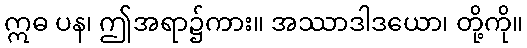
ဣဓ ပန၊ ဤအရာ၌ကား။ အဿာဒါဒယော၊ တို့ကို။